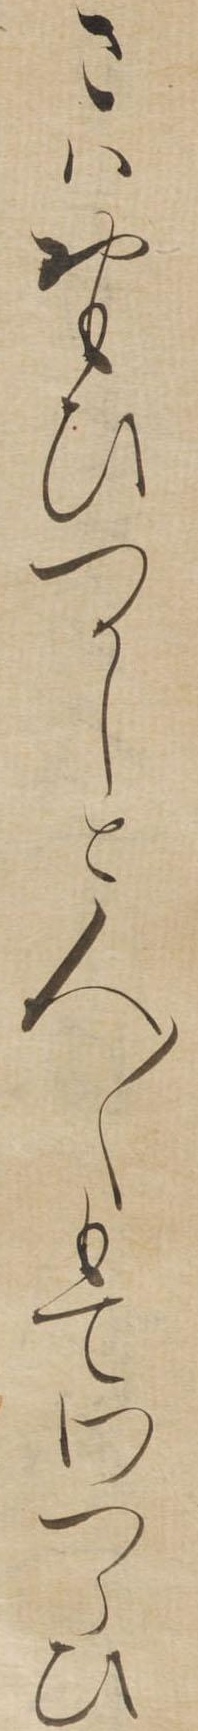
さはおもひつかしと人〱もてわつらひ